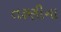
તરૂણીના